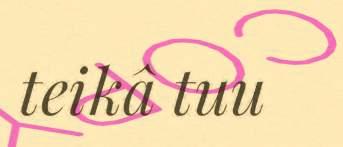
teikâ tuu